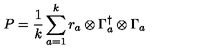
P = \frac { 1 } { k } \sum _ { a = 1 } ^ { k } r _ { a } \otimes \Gamma _ { a } ^ { \dagger } \otimes \Gamma _ { a }